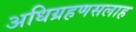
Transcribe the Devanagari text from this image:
अधिग्रहणसलाह